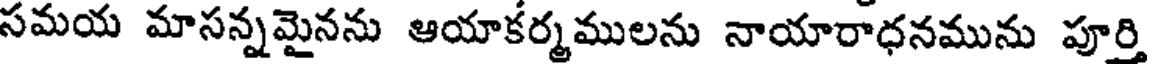
సమయ మాసన్నమైనను ఆయాకర్మములను నాయారాధనమును పూర్తి